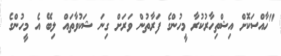
"ހާއްސަކޮށް އިޝްތިހާރުކުރާ މީހުންގެ ފަރާތުން ވަރަށް ގިނަ ޝަކުވާތައް ލިބޭ އެ މީހުންގެ